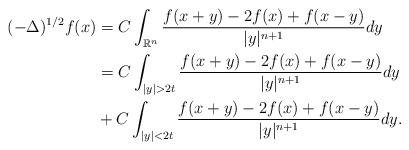
LaTeX: \begin{align*}(-\Delta)^{1/2} f(x)&= C \int_{\mathbb R^n} \frac{f(x+y) - 2f(x) + f(x-y)}{|y|^{n+1}} d y\\&= C \int_{|y|>2t} \frac{f(x+y) - 2f(x) + f(x-y)}{|y|^{n+1}} d y\\&+ C \int_{|y|<2t} \frac{f(x+y) - 2f(x) + f(x-y)}{|y|^{n+1}} d y.\end{align*}